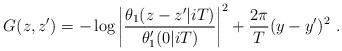
LaTeX: \begin{align*}G(z,z') = -\log \left|\frac{\theta_1(z-z'|iT)}{\theta'_1(0|iT)} \right|^2 +\frac{2\pi}{T} (y-y')^2 ~.\end{align*}